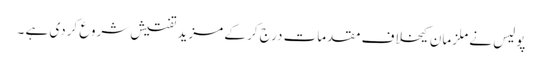
پولیس نے ملزمان کیخلاف مقدمات درج کر کے مزید تفتیش شروع کردی ہے ۔